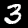
Label: 3